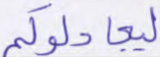
ليجادلوكم